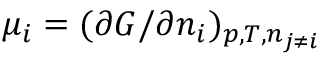
\mu _ { i } = ( \partial G / \partial n _ { i } ) _ { p , T , n _ { j \neq i } }